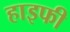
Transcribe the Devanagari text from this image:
हाइफी